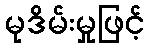
မုဒိမ်းမှုဖြင့်